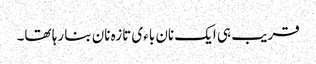
قریب ہی ایک نان باءی تازہ نان بنا رہا تھا۔